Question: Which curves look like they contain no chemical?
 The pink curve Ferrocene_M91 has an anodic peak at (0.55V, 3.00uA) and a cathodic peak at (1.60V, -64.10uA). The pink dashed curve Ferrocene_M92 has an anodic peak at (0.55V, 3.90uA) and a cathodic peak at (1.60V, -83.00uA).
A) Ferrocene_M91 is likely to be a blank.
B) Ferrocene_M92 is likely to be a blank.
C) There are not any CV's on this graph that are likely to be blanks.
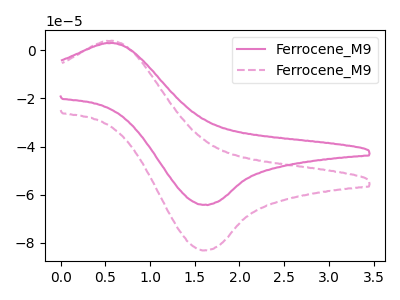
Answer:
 <answer>C) There are not any CV's on this graph that are likely to be blanks.</answer>
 <eval>C</eval>